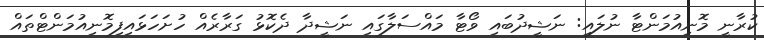
ކުރާނީ މޮނިއުމަންޓާ ނުލައި: ނަޝީދުބައި ވޯޓާ މައްސަލާގައި ނަޝީދާ ދެކޮޅު ގަރާރެއް ހުށަހަޅައިފިމޮނިއުމަންޓްތައް